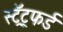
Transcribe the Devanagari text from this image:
स्ट्रॅट्फर्ड